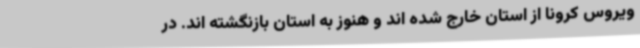
ویروس کرونا از استان خارج شده اند و هنوز به استان بازنگشته اند. در